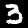
Digit: 3